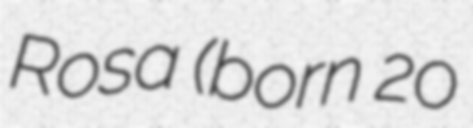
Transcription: Rosa (born 20